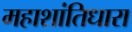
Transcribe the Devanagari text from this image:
महाशांतिधारा